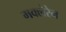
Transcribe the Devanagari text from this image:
मक्लेरेन